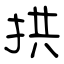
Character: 拱